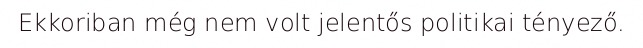
Ekkoriban még nem volt jelentős politikai tényező.